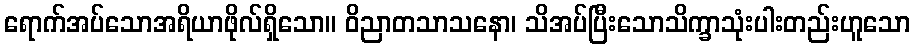
ရောက်အပ်သောအရိယာဖိုလ်ရှိသော။ ဝိညာတသာသနော၊ သိအပ်ပြီးသောသိက္ခာသုံးပါးတည်းဟူသော